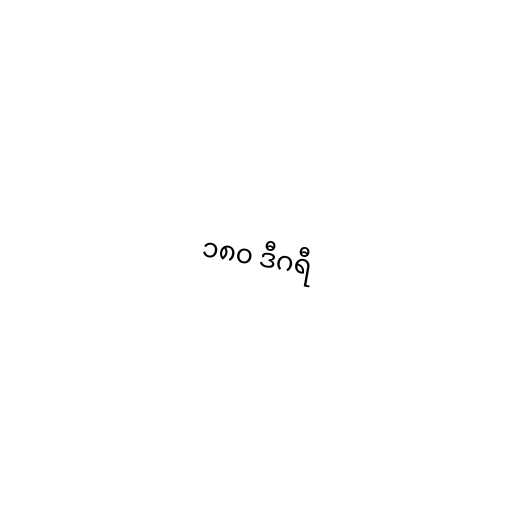
၁၈၀ ဒီဂရီ